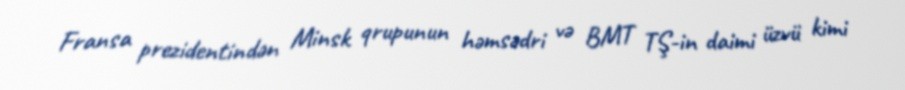
Fransa prezidentindən Minsk qrupunun həmsədri və BMT TŞ-in daimi üzvü kimi